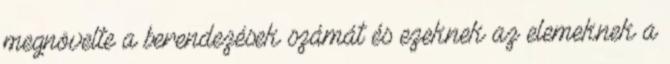
megnövelte a berendezések számát és ezeknek az elemeknek a